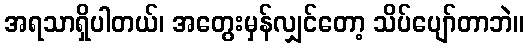
အရသာရှိပါတယ်၊ အတွေးမှန်လျှင်တော့ သိပ်ပျော်တာဘဲ။